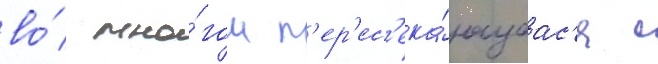
во́ мно́гом п'ер'ес'ека́ющаас'я с